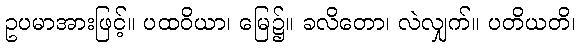
ဥပမာအားဖြင့်။ ပထဝိယာ၊ မြေ၌။ ခလိတော၊ လဲလျှက်။ ပတိယတိ၊